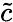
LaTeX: \widetilde{c}